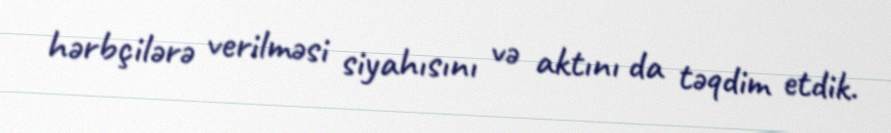
hərbçilərə verilməsi siyahısını və aktını da təqdim etdik.